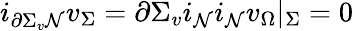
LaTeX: i_{\partial\Sigma_{v}\mathcal{N}}v_{\Sigma}=\partial\Sigma_{v}i_{\mathcal{N}}i_{\mathcal{N}}v_{\Omega}|_{\Sigma}=0